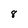
Character: 8